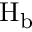
\operatorname { H } _ { \mathrm { b } }